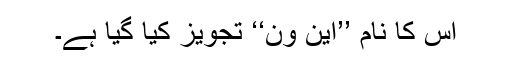
اِس کا نام ’’این وَن‘‘ تجویز کیا گیا ہے۔